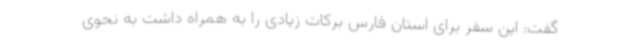
گفت: این سفر برای استان فارس برکات زیادی را به همراه داشت به نحوی